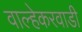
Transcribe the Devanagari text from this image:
वाल्हेकरवाडी